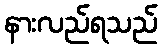
နားလည်ရသည်